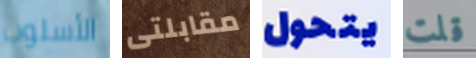
الأسلوب مقابلتى يتحول قلت